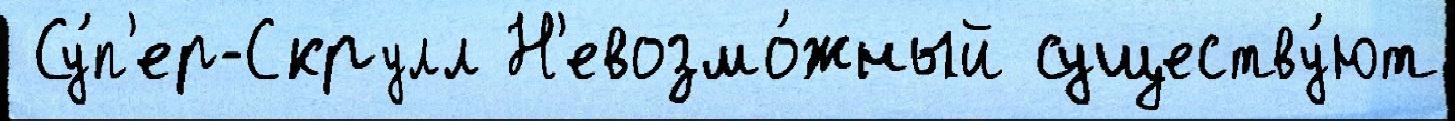
 Су́п'ер-Скрулл Н'евозмо́жный существу́ют